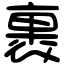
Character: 裹